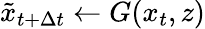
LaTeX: \tilde{x}_{t+\Delta t}\gets G(x_{t},z)